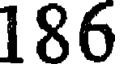
186